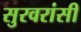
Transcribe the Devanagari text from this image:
सुरवरांसी